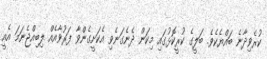
ކުރެވިދާނެ ބައްޔެެކެވެ. ބަލީގެ ކުރީކޮޅުގައި މިކަން ދެނެގަނެވި އެކަށީގެންވާ ފަރުވާއެއް ލިބިއްޖެނަމަ އެއީ